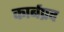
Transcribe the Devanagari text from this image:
कार्बप्रद